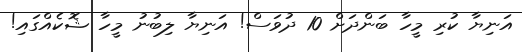
އަނިޔާ ކުރި މީހާ ބަންދަށް 10 ދުވަސް! އަނިޔާ ލިބުނު މީހާ ޝޮކެއްގައި!